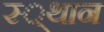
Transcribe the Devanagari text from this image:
स्‍्थान